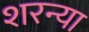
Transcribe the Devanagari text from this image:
शरन्या